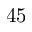
4 5